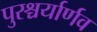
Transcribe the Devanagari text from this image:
पुरश्चर्यार्णव